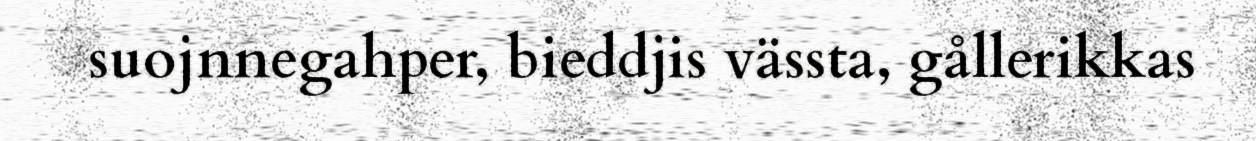
suojnnegahper, bieddjis vässta, gållerikkas